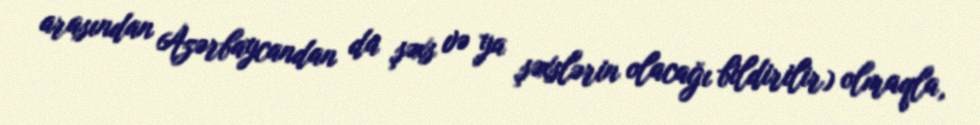
arasından Azərbaycandan da şəxs və ya şəxslərin olacağı bildirilir) olmaqla,